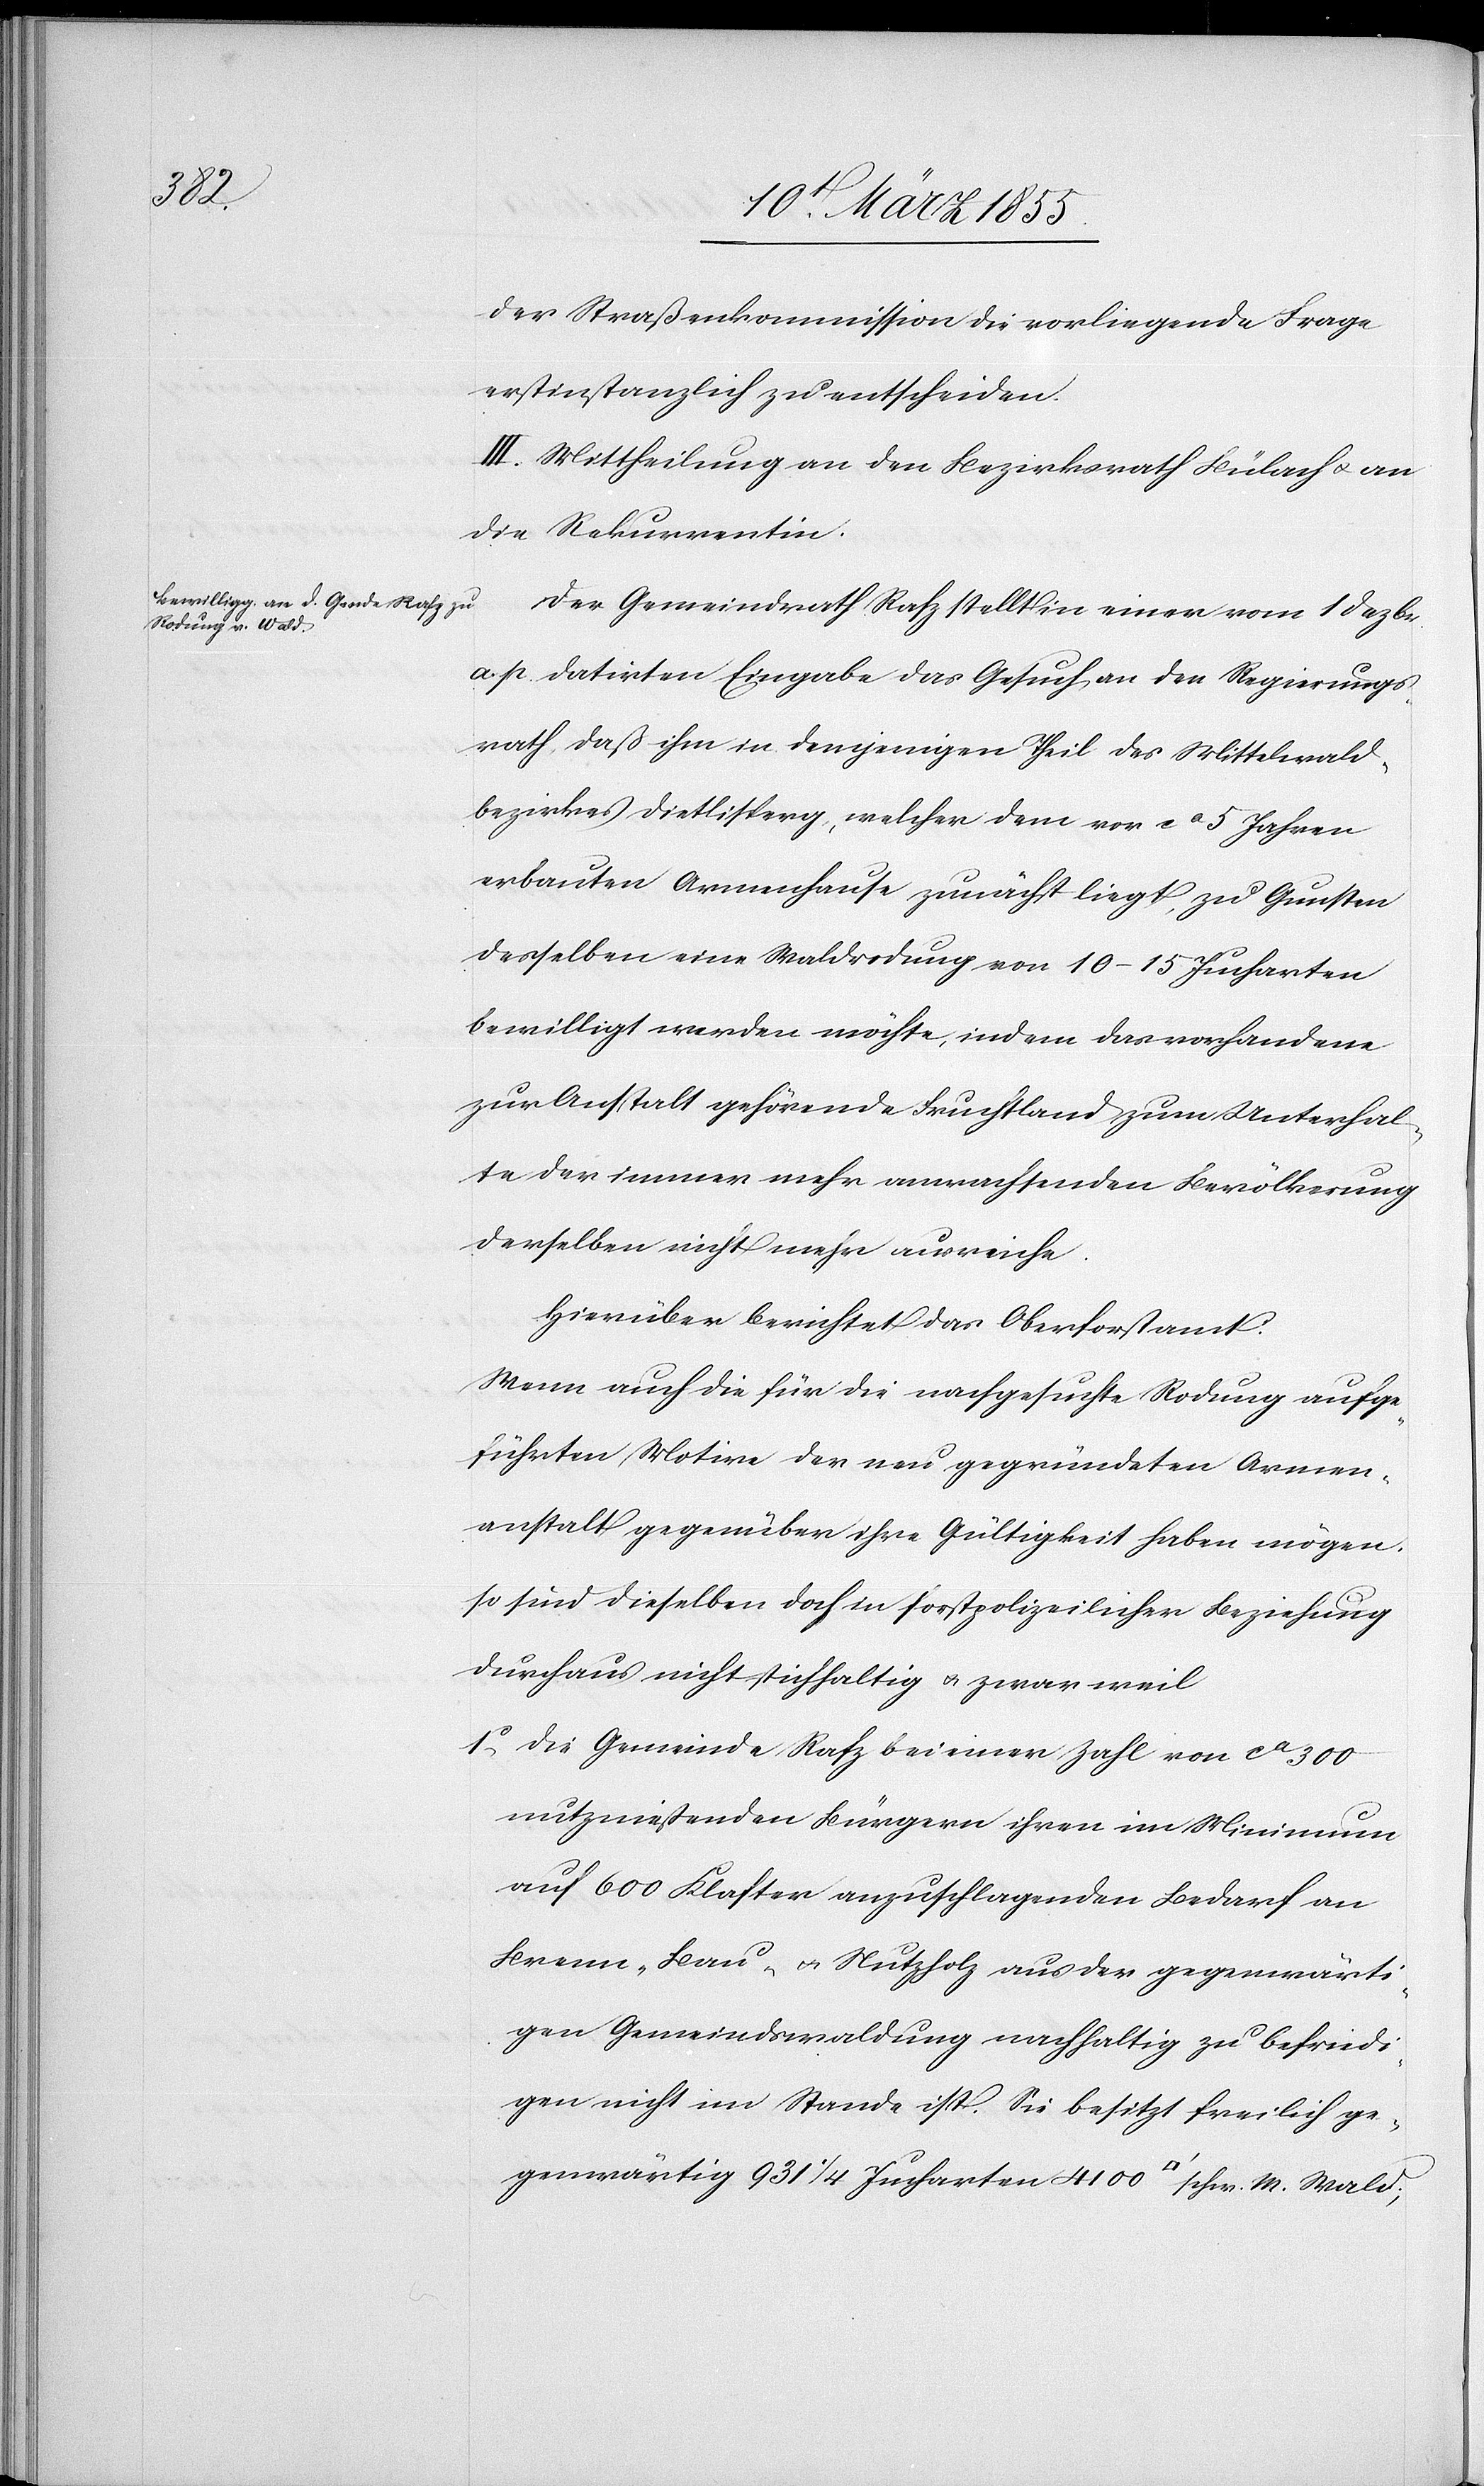
der Straßenkommission die vorliegende Frage
erstinstanzlich zu entscheiden.
III. Mittheilung an den Bezirksrath Bülach & an
die Rekurrentin.
Der Gemeindrath Rafz stellt in einer vom 1 Dezbr.
a. p. datirten Eingabe das Gesuch an den Regierungs¬
rath, daß ihm in demjenigen Theil des Mittelwald¬
bezirkes Dietlisperg, welcher dem vor ca 5 Jahren
erbauten Armenhause zunächst liegt, zu Gunsten
desselben eine Waldrodung von 10–15 Jucharten
bewilligt werden möchte, indem das vorhandene
zur Anstalt gehörende Fruchtland zum Unterhal¬
te der immer mehr anwachsenden Bevölkerung
derselben nicht mehr ausreiche.
Hierüber berichtet das Oberforstamt:
Wenn auch die für die nachgesuchte Rodung aufge¬
führten Motive der neu gegründeten Armen¬
anstalt gegenüber ihre Gültigkeit haben mögen,
so sind dieselben doch in forstpolizeilicher Beziehung
durchaus nicht stichhaltig & zwar weil
die Gemeinde Rafz bei einer Zahl von ca 300
nutznießenden Bürgern ihren im Minimum
auf 600 Klafter anzuschlagenden Bedarf an
Brenn-[,] Bau- & Nutzholz aus der gegenwärti¬
gen Gemeindswaldung nachhaltig zu befried¬
igen nicht im Stande ist. Sie besitzt freilich ge¬
genwärtig 931 1/4 Jucharten 4100 [Quadratfuß] schw. M. Wald;